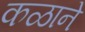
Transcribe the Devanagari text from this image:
कळाने